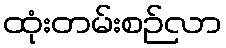
ထုံးတမ်းစဉ်လာ